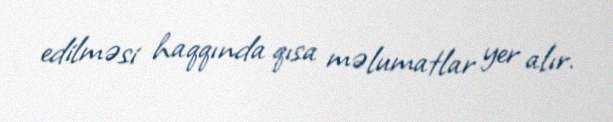
edilməsi haqqında qısa məlumatlar yer alır.